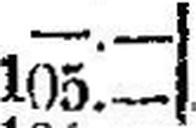
105.—